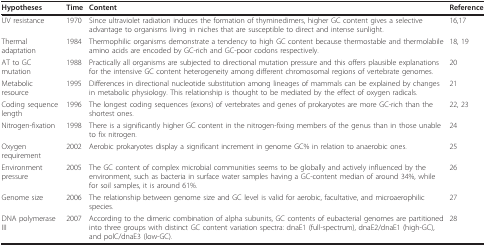
<table><thead><tr><td><b>Hypotheses</b></td><td><b>Time</b></td><td><b>Content</b></td><td><b>Reference</b></td></tr></thead><tbody><tr><td>UV resistance</td><td>1970</td><td>Since ultraviolet radiation induces the formation of thyminedimers, higher GC content gives a selective advantage to organisms living in niches that are susceptible to direct and intense sunlight.</td><td>16,17</td></tr><tr><td>Thermal adaptation</td><td>1984</td><td>Thermophilic organisms demonstrate a tendency to high GC content because thermostable and thermolabile amino acids are encoded by GC-rich and GC-poor codons respectively.</td><td>18, 19</td></tr><tr><td>AT to GC mutation</td><td>1988</td><td>Practically all organisms are subjected to directional mutation pressure and this offers plausible explanations for the intensive GC content heterogeneity among different chromosomal regions of vertebrate genomes.</td><td>20</td></tr><tr><td>Metabolic resource</td><td>1995</td><td>Differences in directional nucleotide substitution among lineages of mammals can be explained by changes in metabolic physiology. This relationship is thought to be mediated by the effect of oxygen radicals.</td><td>21</td></tr><tr><td>Coding sequence length</td><td>1996</td><td>The longest coding sequences (exons) of vertebrates and genes of prokaryotes are more GC-rich than the shortest ones.</td><td>22, 23</td></tr><tr><td>Nitrogen-fixation</td><td>1998</td><td>There is a significantly higher GC content in the nitrogen-fixing members of the genus than in those unable to fix nitrogen.</td><td>24</td></tr><tr><td>Oxygen requirement</td><td>2002</td><td>Aerobic prokaryotes display a significant increment in genome GC% in relation to anaerobic ones.</td><td>25</td></tr><tr><td>Environment pressure</td><td>2005</td><td>The GC content of complex microbial communities seems to be globally and actively influenced by the environment, such as bacteria in surface water samples having a GC-content median of around 34%, while for soil samples, it is around 61%.</td><td>26</td></tr><tr><td>Genome size</td><td>2006</td><td>The relationship between genome size and GC level is valid for aerobic, facultative, and microaerophilic species.</td><td>27</td></tr><tr><td>DNA polymerase III</td><td>2007</td><td>According to the dimeric combination of alpha subunits, GC contents of eubacterial genomes are partitioned into three groups with distinct GC content variation spectra: dnaE1 (full-spectrum), dnaE2/dnaE1 (high-GC), and polC/dnaE3 (low-GC).</td><td>28</td></tr></tbody></table>